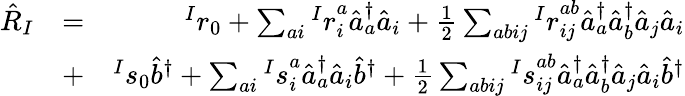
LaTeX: \begin{array}{rlr}{\hat{R}_{I}}&{=}&{{^Ir}_{0}+\sum_{ai}{^Ir}_{i}^{a}\hat{a}_{a}^{\dagger}\hat{a}_{i}+\frac{1}{2}\sum_{abij}{^Ir}_{ij}^{ab}\hat{a}_{a}^{\dagger}\hat{a}_{b}^{\dagger}\hat{a}_{j}\hat{a}_{i}}\\ &{+}&{{^Is}_{0}\hat{b}^{\dagger}+\sum_{ai}{^Is}_{i}^{a}\hat{a}_{a}^{\dagger}\hat{a}_{i}\hat{b}^{\dagger}+\frac{1}{2}\sum_{abij}{^Is}_{ij}^{ab}\hat{a}_{a}^{\dagger}\hat{a}_{b}^{\dagger}\hat{a}_{j}\hat{a}_{i}\hat{b}^{\dagger}}\end{array}